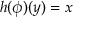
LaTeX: h ( \phi ) ( y ) = x